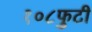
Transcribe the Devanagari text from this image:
१०८फुटी